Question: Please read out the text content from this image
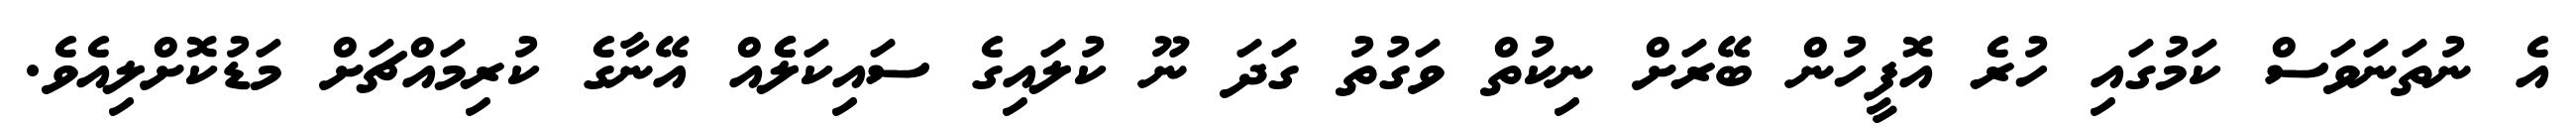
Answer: އެ ނުތަނަވަސް ކަމުގައި ހުރެ އޮފީހުން ބޭރަށް ނިކުތް ވަގުތު ގަދަ ނޫ ކުލައިގެ ސައިކަލެެއް އޭނާގެ ކުރިމައްޗަށް މަޑުކޮށްލިއެވެ.